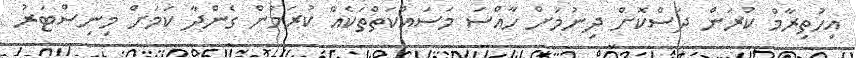
އިހުތިރާމް ކުރަން ދަސްކޮށް ދިނުމަށް ހާއްސަ މަސައްކަތްތަކެއް ކުރަމުން ގެންދާ ކަމަށް މިނިސްޓަރު